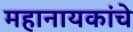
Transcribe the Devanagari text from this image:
महानायकांचे